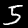
Digit: 5